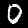
Digit: 0